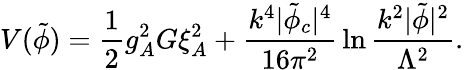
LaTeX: V(\tilde{\phi})={\frac{1}{2}}g_{A}^{2}G\xi_{A}^{2}+{\frac{k^{4}\vert\tilde{\phi}_{c}\vert^{4}}{16\pi^{2}}}\ln{\frac{k^{2}\vert\tilde{\phi}\vert^{2}}{\Lambda^{2}}}.